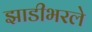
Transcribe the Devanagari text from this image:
झाडीभरले